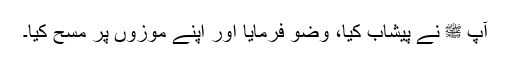
آپ ﷺ نے پیشاب کیا، وضو فرمایا اور اپنے موزوں پر مسح کیا۔